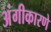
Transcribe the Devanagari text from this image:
अंगीकारणे